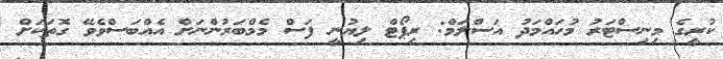
ކުރީގެ މިނިސްޓަރު މުހައްމަދު އަސްލަމް: ރިޕޯޓް ލިޔުނީ ފަސް މެމްބަރުންނަށް އެއްބަސްވެވޭ ގޮތަކަށް